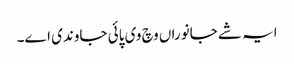
ایہ شے جانوراں وچ وی پائی جاوندی اے۔